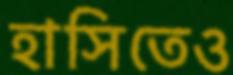
হাসিতেও